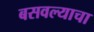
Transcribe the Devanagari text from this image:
बसवल्याचा